Annual administration report of the Civil Veterinary Department of India - 1898-1899
Year: 1898
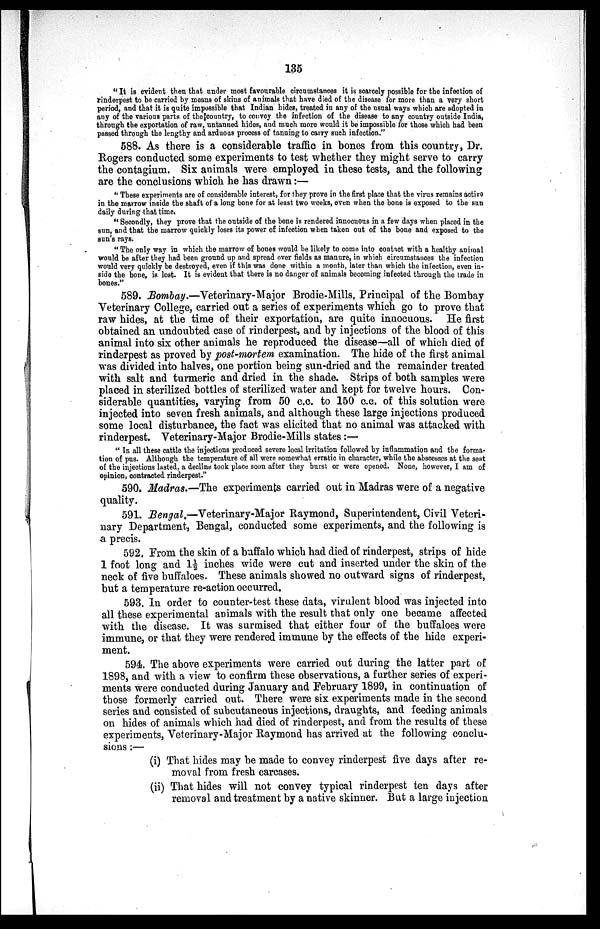
135
"It is evident then that under most favourable circumstances it is scarcely possible for the infection of
rinderpest to be carried by means of skins of animals that have died of the disease for more than a very short
period, and that it is quite impossible that Indian hides, treated in any of the usual ways which are adopted in
any of the various parts of the country, to convey the infection of the disease to any country outside India,
through the exportation of raw, untanned hides, and much more would it be impossible for those which had been
passed through the lengthy and arduous process of tanning to carry such infection."
588. As there is a considerable traffic in bones from this country, Dr.
Rogers conducted some experiments to test whether they might serve to carry
the contagium. Six animals were employed in these tests, and the following
are the conclusions which he has drawn:—
"These experiments are of considerable interest, for they prove in the first place that the virus remains active
in the marrow inside the shaft of a long bone for at least two weeks, even when the bone is exposed to the sun
daily during that time.
"Secondly, they prove that the outside of the bone is rendered innocuous in a few days when placed in the
sun, and that the marrow quickly loses its power of infection when taken out of the bone and exposed to the
sun's rays.
"The only way in which the marrow of bones would be likely to come into contact with a healthy animal
would be after they had been ground up and spread over fields as manure, in which circumstances the infection
would very quickly be destroyed, even if this was done within a month, later than which the infection, even in-
side the bone, is lost. It is evident that there is no danger of animals becoming infected through the trade in
bones."
589. Bombay.—Veterinary-Major Brodie-Mills, Principal of the Bombay
Veterinary College, carried out a series of experiments which go to prove that
raw hides, at the time of their exportation, are quite innocuous. He first
obtained an undoubted case of rinderpest, and by injections of the blood of this
animal into six other animals he reproduced the disease—all of which died of
rinderpest as proved by post-mortem examination. The hide of the first animal
was divided into halves, one portion being sun-dried and the remainder treated
with salt and turmeric and dried in the shade. Strips of both samples were
placed in sterilized bottles of sterilized water and kept for twelve hours. Con-
siderable quantities, varying from 50 c.c. to 150 c.c. of this solution were
injected into seven fresh animals, and although these large injections produced
some local disturbance, the fact was elicited that no animal was attacked with
rinderpest. Veterinary-Major Brodie-Mills states:—
"In all these cattle the injections produced severe local irritation followed by inflammation and the forma-
tion of pus. Although the temperature of all were somewhat erratic in character, while the abscesses at the seat
of the injections lasted, a decline took place soon after they burst or were opened. None, however, I am of
opinion, contracted rinderpest."
590. Madras.—The experiments carried out in Madras were of a negative
quality.
591. Bengal.—Veterinary-Major Raymond, Superintendent, Civil Veteri-
nary Department, Bengal, conducted some experiments, and the following is
a precis.
592. From the skin of a buffalo which had died of rinderpest, strips of hide
1 foot long and 1½ inches wide were cut and inserted under the skin of the
neck of five buffaloes. These animals showed no outward signs of rinderpest,
but a temperature re-action occurred.
593. In order to counter-test these data, virulent blood was injected into
all these experimental animals with the result that only one became affected
with the disease. It was surmised that either four of the buffaloes were
immune, or that they were rendered immune by the effects of the hide experi-
ment.
594. The above experiments were carried out during the latter part of
1898, and with a view to confirm these observations, a further series of experi-
ments were conducted during January and February 1899, in continuation of
those formerly carried out. There were six experiments made in the second
series and consisted of subcutaneous injections, draughts, and feeding animals
on hides of animals which had died of rinderpest, and from the results of these
experiments, Veterinary-Major Raymond has arrived at the following conclu-
sions;—
(i) That hides may be made to convey rinderpest five days after re-
moval from fresh carcases.
(ii) That hides will not convey typical rinderpest ten days after
removal and treatment by a native skinner. But a large injection